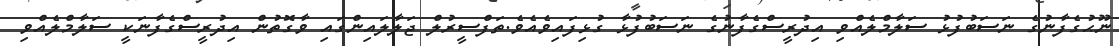
ނޫޙުގެފާނުގެ ނަސަބުފުޅު ސަލާމްލެއްވި އިދުރީސްގެފާނުގެ ނަސަބުފުޅާ ގުޅިފައިވެއެވެ.ތަފްސީރުލް ޖަލާލައިންގައި ވާގޮތުން އިދުރީސްގެފާނަކީ ސަލާމްލެއްވި